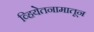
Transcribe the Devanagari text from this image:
व्हियेतनामातून